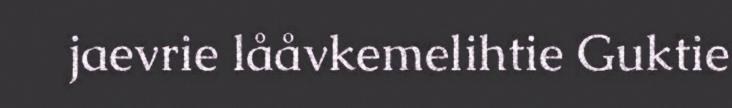
jaevrie lååvkemelihtie Guktie